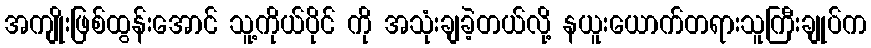
အကျိုးဖြစ်ထွန်းအောင် သူ့ကိုယ်ပိုင် ကို အသုံးချခဲ့တယ်လို့ နယူးယောက်တရားသူကြီးချုပ်က